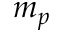
m _ { p }